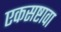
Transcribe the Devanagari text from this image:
एकसष्टावा